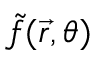
\tilde { f } ( \vec { r } , \theta )